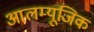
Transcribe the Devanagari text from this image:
आलम्यूजिक